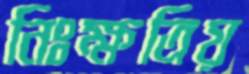
নিঃক্ষত্রিয়